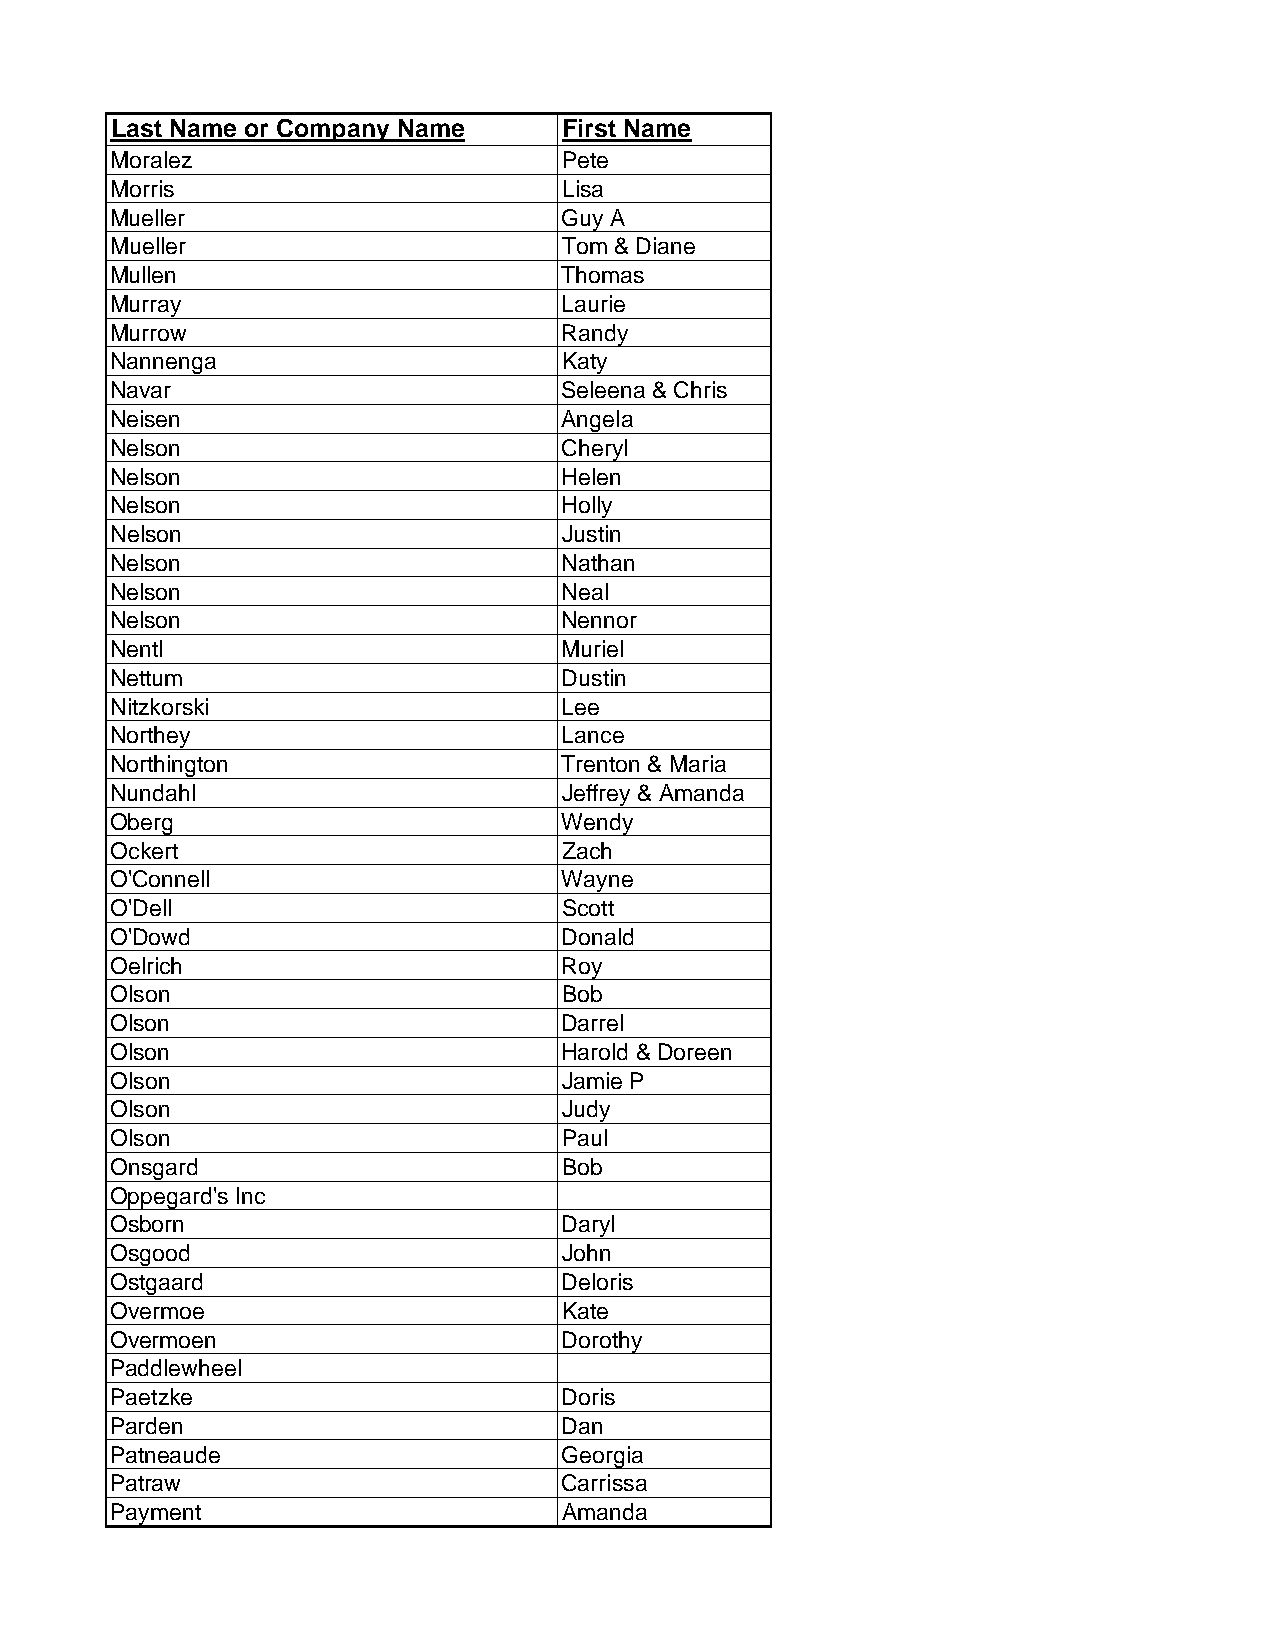
Last Name or Company Name     First Name
 Moralez                       Pete
 Morris                        Lisa
 Mueller                       Guy A
 Mueller                       Tom & Diane
 Mullen                        Thomas
 Murray                        Laurie
 Murrow                        Randy
 Nannenga                      Katy
 Navar                         Seleena & Chris
 Neisen                        Angela
 Nelson                        Cheryl
 Nelson                        Helen
 Nelson                        Holly
 Nelson                        Justin
 Nelson                        Nathan
 Nelson                        Neal
 Nelson                        Nennor
 Nentl                         Muriel
 Nettum                        Dustin
 Nitzkorski                    Lee
 Northey                       Lance
 Northington                   Trenton & Maria
 Nundahl                       Jeffrey & Amanda
 Oberg                         Wendy
 Ockert                        Zach
 O'Connell                     Wayne
 O'Dell                        Scott
 O'Dowd                        Donald
 Oelrich                       Roy
 Olson                         Bob
 Olson                         Darrel
 Olson                         Harold & Doreen
 Olson                         Jamie P
 Olson                         Judy
 Olson                         Paul
 Onsgard                       Bob
 Oppegard's Inc
 Osborn                        Daryl
 Osgood                        John
 Ostgaard                      Deloris
 Overmoe                       Kate
 Overmoen                      Dorothy
 Paddlewheel
 Paetzke                       Doris
 Parden                        Dan
 Patneaude                     Georgia
 Patraw                        Carrissa
 Payment                       Amanda